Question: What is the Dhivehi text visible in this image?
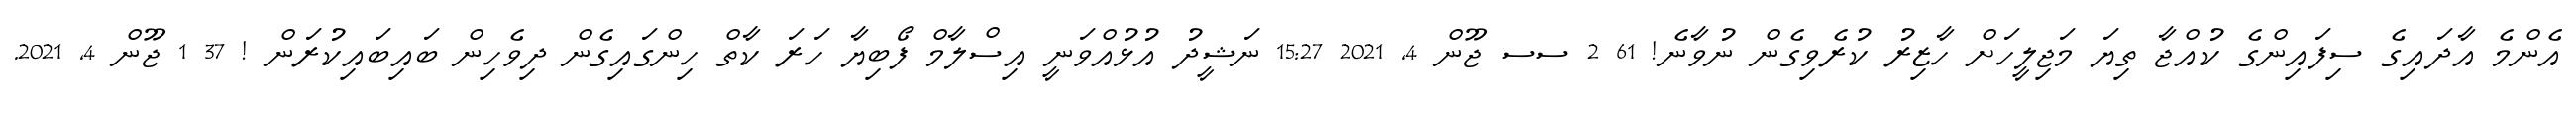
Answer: އެންމެ އާދައިގެ ސިފައިންގެ ކުއްޖާ ތިޔަ މަޖިލީހަށް ހާޒިރު ކުރެވިގެން ނުވާނެ! 61 2 ސސ ޖޫން 4, 2021 15:27 ނަޝީދު އުޅުއްވަނީ އިސްލާމް ފޯބިޔާ ހަރަ ކާތް ހިންގައިގެން ދިވެހިން ބައިބައިކުރަން ! 37 1 ޖޫން 4, 2021.